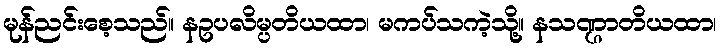
မုန်ညင်းစေ့သည်။ နဥပလိမ္ပတိယထာ၊ မကပ်သကဲ့သို့။ နသဏ္ဌာတိယထာ၊